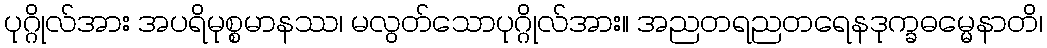
ပုဂ္ဂိုလ်အား အပရိမုစ္စမာနဿ၊ မလွတ်သောပုဂ္ဂိုလ်အား။ အညတရညတရေနဒုက္ခဓမ္မေနာတိ၊